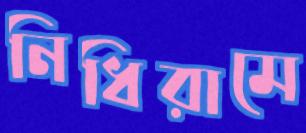
নিধিরামে